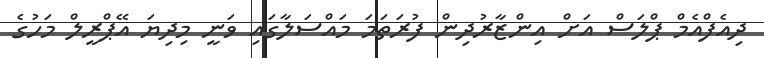
ދިއެފްއެމް ޕްލަސް އަށް އިންޒާރުދިން ފުރަތަމަ މައްސަލާގައި ވަނީ މިދިޔަ އޭޕްރީލް މަހުގެ